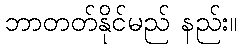
ဘာတတ်နိုင်မည် နည်း။